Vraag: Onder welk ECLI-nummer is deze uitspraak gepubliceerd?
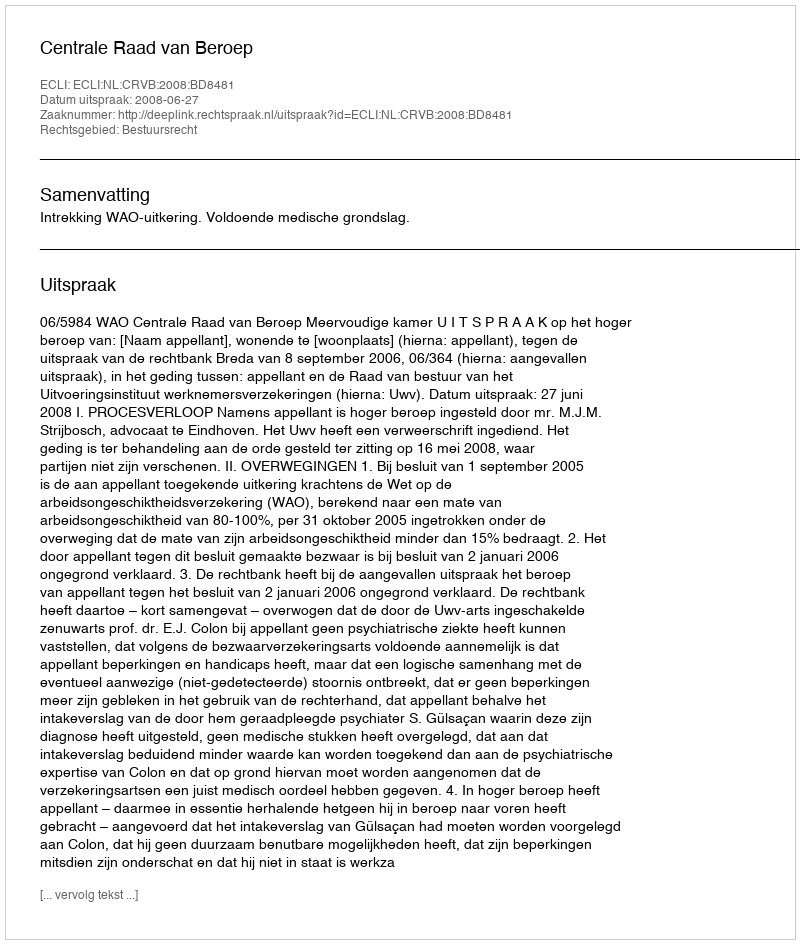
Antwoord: ECLI:NL:CRVB:2008:BD8481